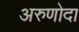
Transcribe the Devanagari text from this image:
अरुणोदा